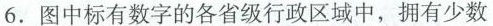
6.图中标有数字的各省级行政区域中，拥有少数